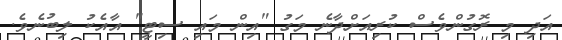
އަދި މި ރޮގުންވެސް ކުރިއަށްދާނެ މަގު "އިން މައި ސިޓީ" އާއެކު ލިބުނެވެ.